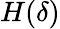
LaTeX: H(\delta)